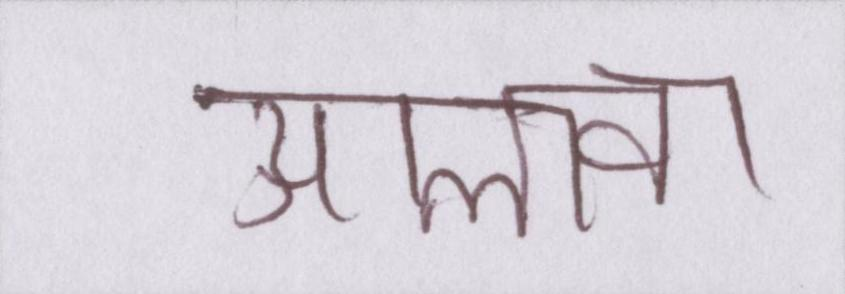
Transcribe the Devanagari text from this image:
आलावा